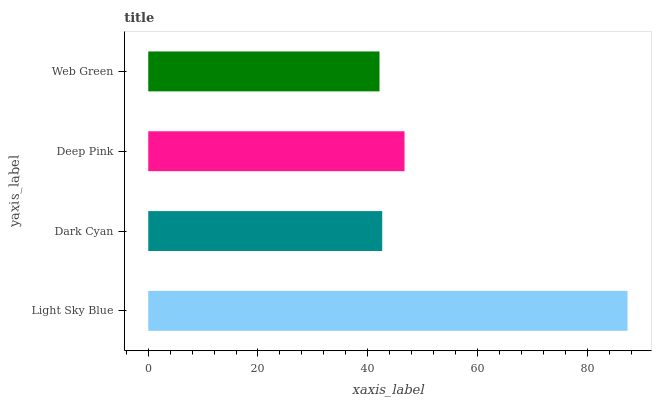
| yaxis_label | bars |
 | --- | --- |
 | Light Sky Blue | 87.4 |
 | Dark Cyan | 42.6 |
 | Deep Pink | 46.7 |
 | Web Green | 42.2 |